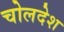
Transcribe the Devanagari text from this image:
चोलदेश